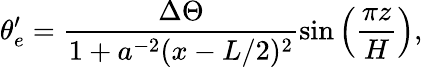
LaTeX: \theta_{e}^{\prime}=\frac{\Delta\Theta}{1+a^{-2}(x-L/2)^{2}}\sin\left(\frac{\pi z}{H}\right),